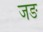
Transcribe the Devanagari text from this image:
जङ